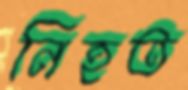
নিহত